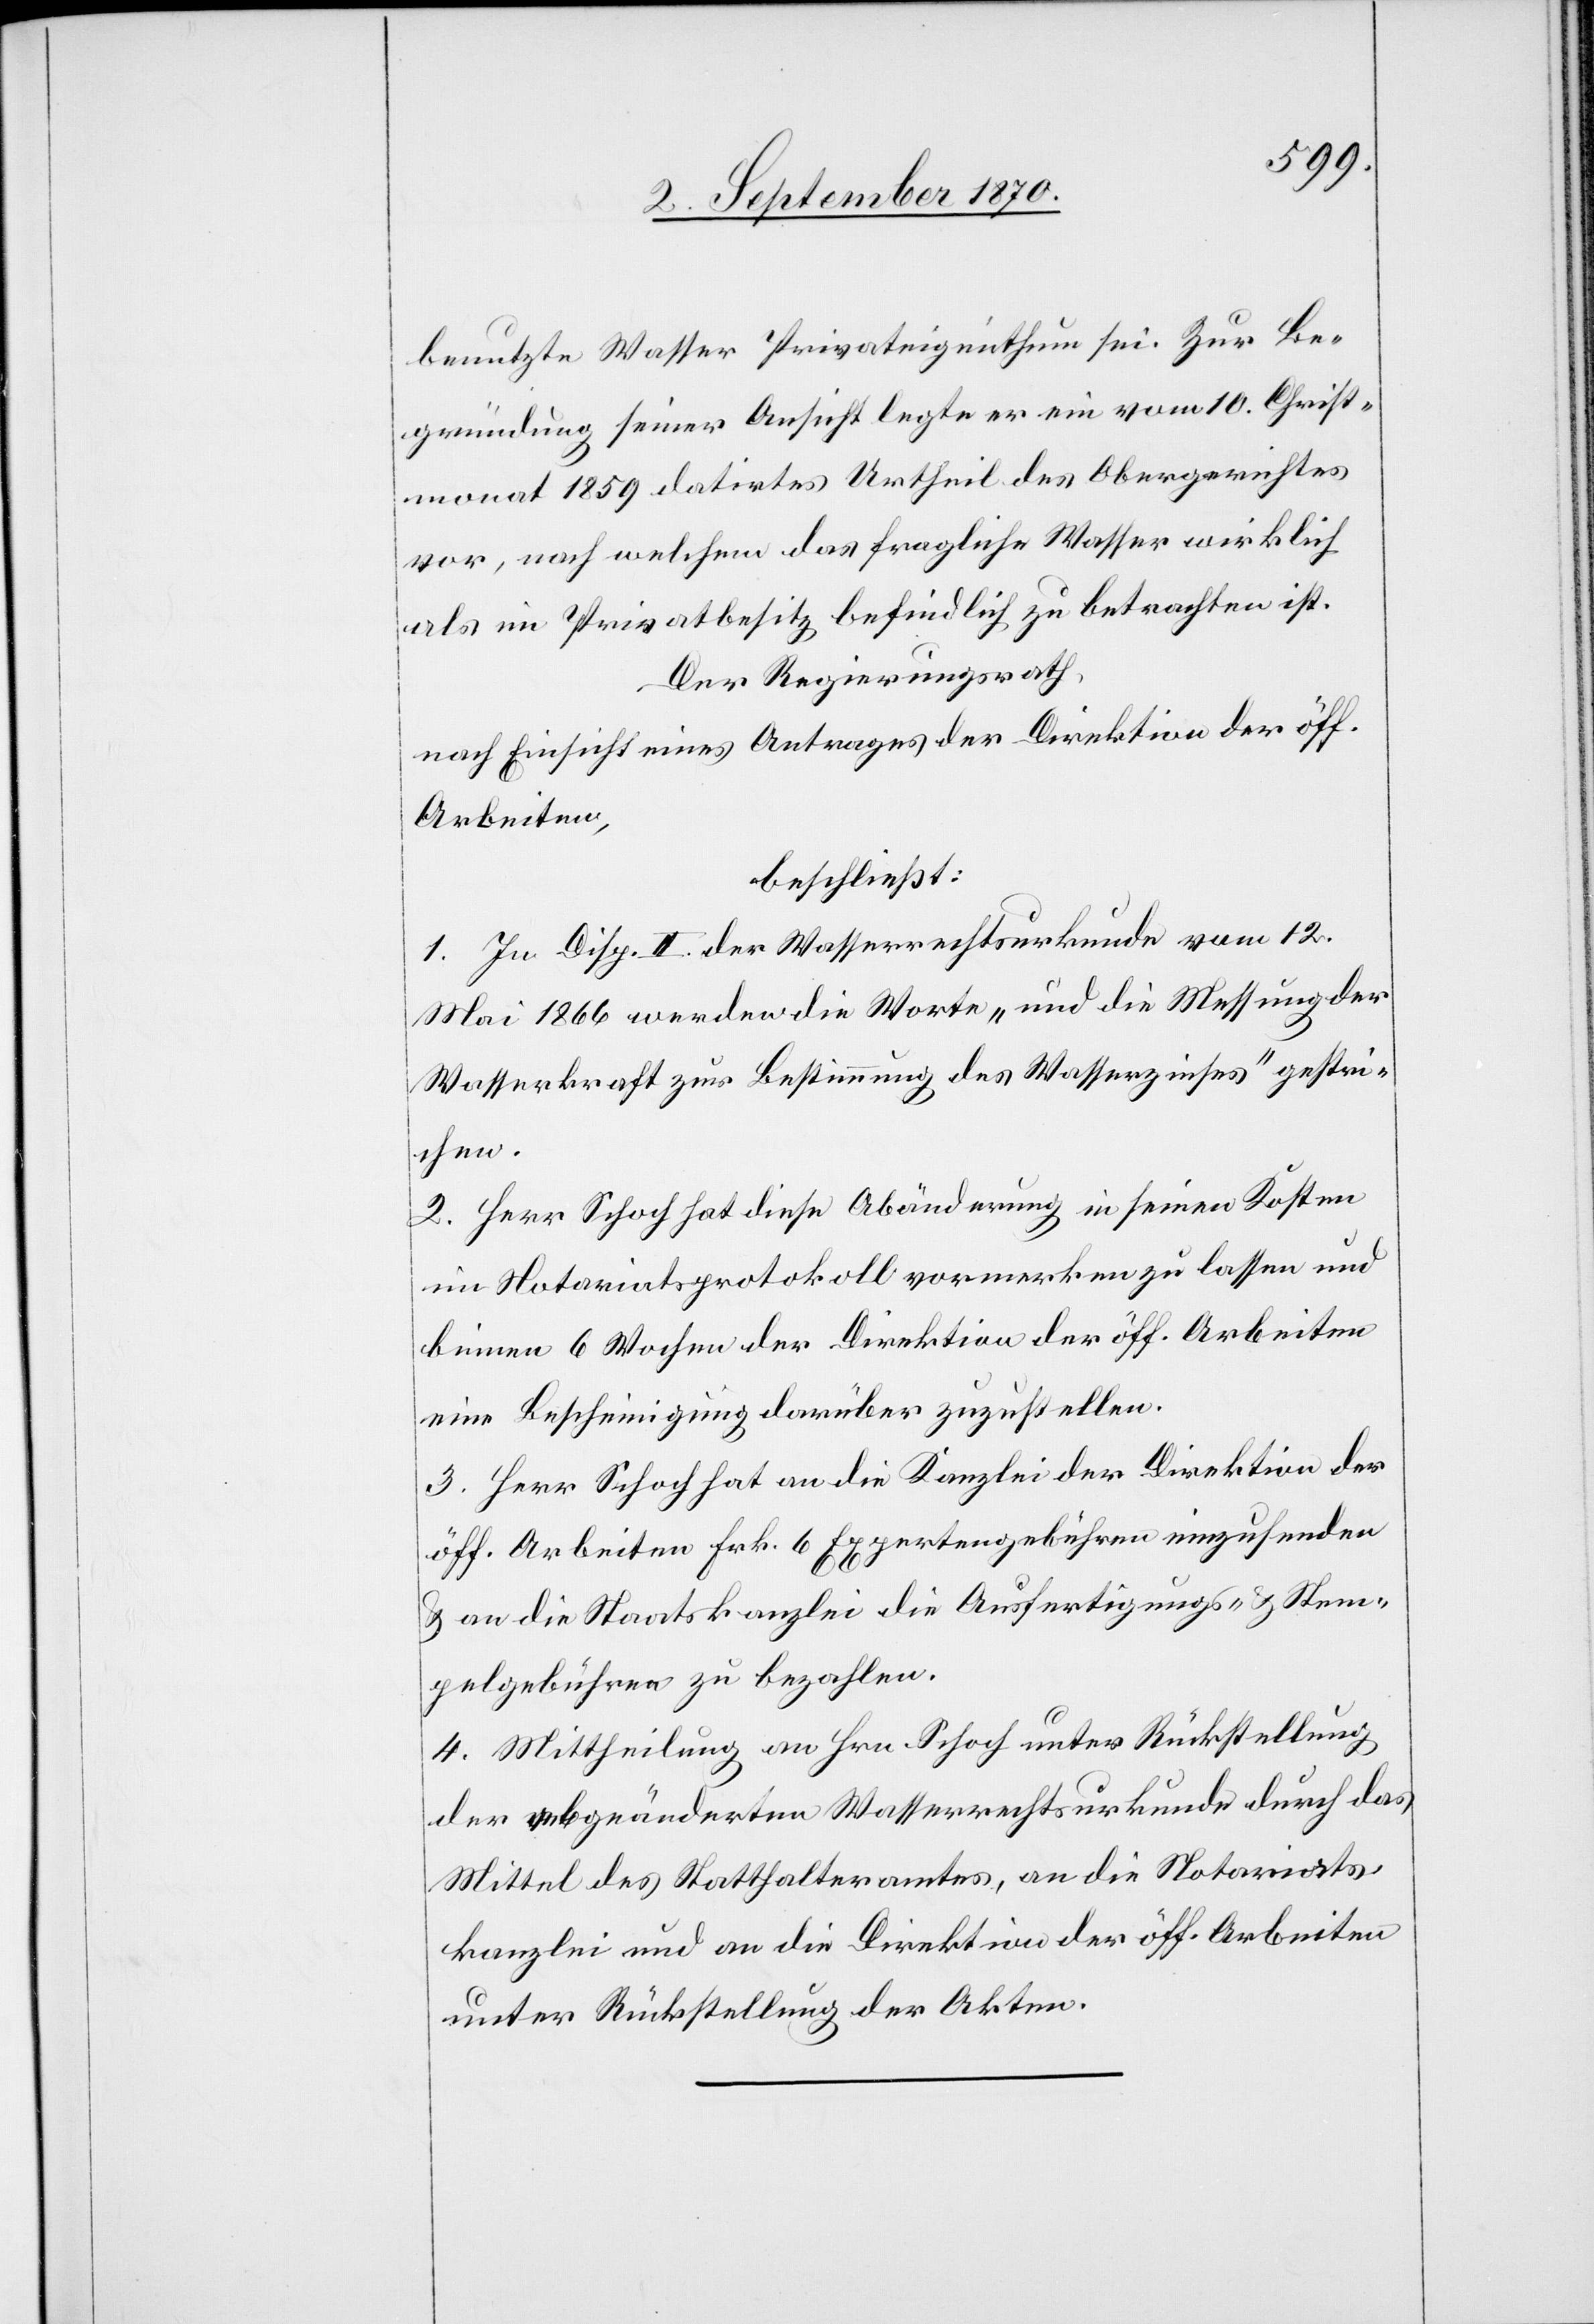
benutzte Wasser Privateigenthum sei. Zur Be¬
gründung seiner Ansicht legte er ein vom 10. Christ¬
monat 1859 datirtes Urtheil des Obergerichtes
vor, nach welchem das fragliche Wasser wirklich
als im Privatbesitz befindlich zu betrachten ist.
Der Regierungsrath
nach Einsicht eines Antrages der Direktion der öff.
Arbeiten,
beschließt:
1. In Disp. II der Wasserrechtsurkunde vom 12.
Mai 1866 werden die Worte „und die Messung der
Wasserkraft zur Bestimmung des Wasserzinses“ gestri¬
chen.
2. Herr Schoch hat diese Abänderung in seinen Kosten
im Notariatsprotokoll vormerken zu lassen und
binnen 6 Wochen der Direktion der öff. Arbeiten
eine Bescheinigung darüber zuzustellen.
3. Herr Schoch hat an die Kanzlei der Direktion der
öff. Arbeiten Frk. 6 Expertengebühren einzusenden
& an die Staatskanzlei die Ausfertigungs- & Stem¬
pelgebühren zu bezahlen.
4. Mittheilung an Hrn. Schoch unter Rückstellung
der abgeänderten Wasserrechtsurkunde durch das
Mittel des Statthalteramtes, an die Notariats¬
kanzlei und an die Direktion der öff. Arbeiten
unter Rückstellung der Akten.